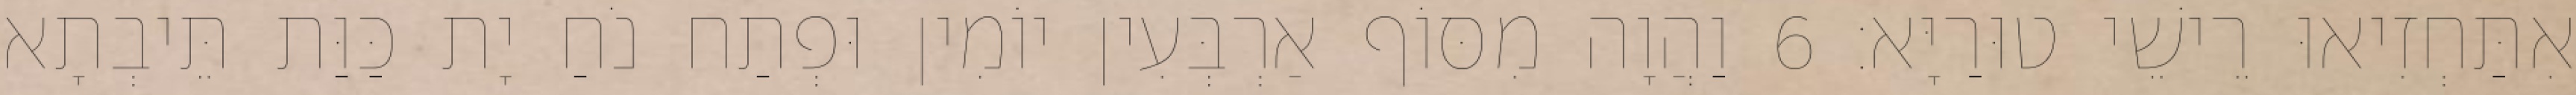
אִתַּחְזִיאוּ רֵישֵׁי טוּרַיָּא׃ 6 וַהֲוָה מִסּוֹף אַרְבְּעִין יוֹמִין וּפְתַח נֹחַ יָת כַּוַּת תֵּיבְתָא